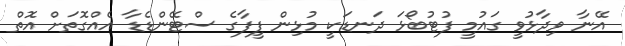
އޭނާ ވިދާޅުވީ ގައުމީ ފުޓުބޯޅަ ދަނޑަކީ މުޅިން ފީފާގެ ސްޓޭންޑެޑާ އެއްގޮތަށް އޮތް